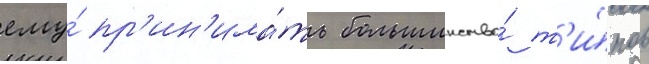
ему́ пр'ин'има́ть большинство́ т'и́пов